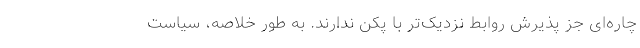
چاره‌ای جز پذیرش روابط نزدیک‌تر با پکن ندارند. به طور خلاصه، سیاست